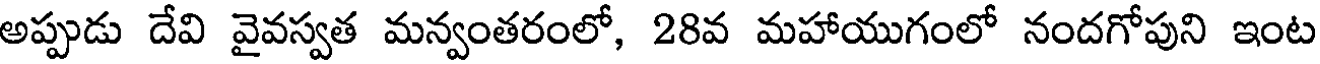
అప్పుడు దేవి వైవస్వత మన్వంతరంలో, 28వ మహాయుగంలో నందగోపుని ఇంట